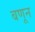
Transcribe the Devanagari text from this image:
बणून